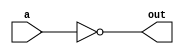
module not1bit (a,out);
    input a;
    output out;
    not(out,a);
endmodule